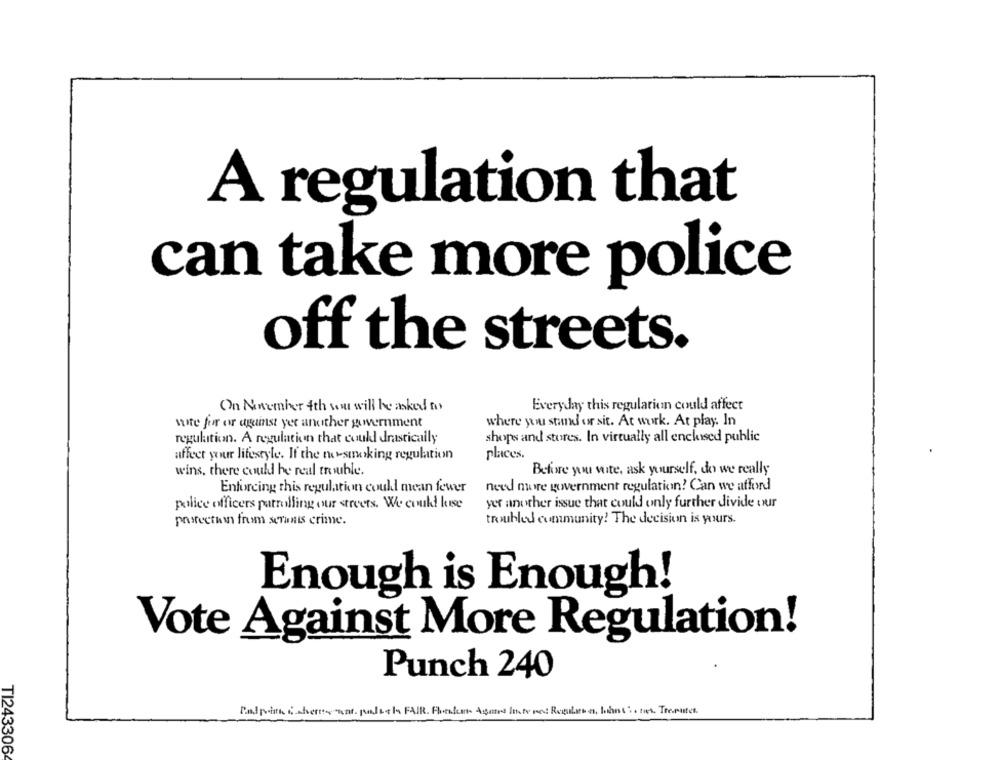
A regulation that
can take more police
off the streets.
On Ninumber 4th you will be asked to
Everyday this regulation could affect
wite for or against yet another government
where you stand or sit. At work. At play. In
regulation. A regulation that could drastically
shops and stores. In virtually all enclosed public
places.
affect your lifestyle. If the tersmoking regulation
wins, there could be real trouble.
Before you vite, ask yourself, do we really
need more government regulation? Can we afford
Enforcing this regulation could mean fewer
police officers patrolling our streets. We could lese
yet another issue that could only further divide our
protection from serants crime.
troubled community! The decision is yours.
Enough is Enough!
Vote Against More Regulation!
Punch 240
TI243306